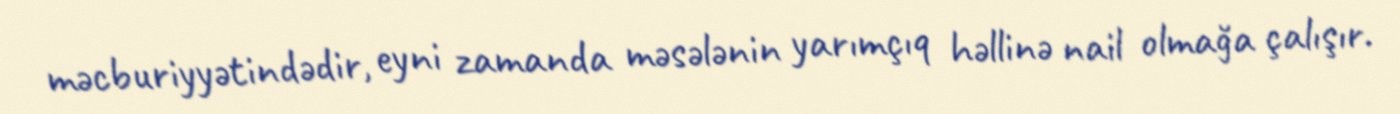
məcburiyyətindədir, eyni zamanda məsələnin yarımçıq həllinə nail olmağa çalışır.